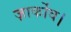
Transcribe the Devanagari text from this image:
ज़ार्कोव।